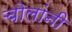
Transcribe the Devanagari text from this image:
चोलांनी